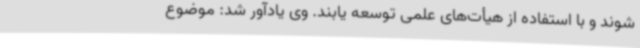
شوند و با استفاده از هیأت‌های علمی توسعه یابند. وی یادآور شد: موضوع